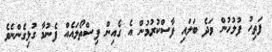
ފަތިހު ފުލުހުން ވަދެ ބަލައި ފާސްކުރުމުން އެ ގެއިން ފިސްތޯލައެއް ފެނުމާ ގުޅިގެންނެވެ